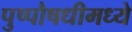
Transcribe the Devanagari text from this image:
पुष्पौषधीमध्ये